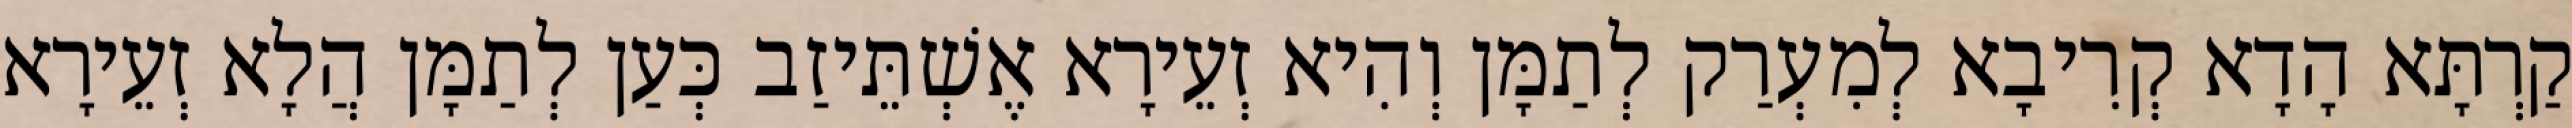
קַרְתָּא הָדָא קְרִיבָא לְמִעְרַק לְתַמָּן וְהִיא זְעֵירָא אֶשְׁתֵּיזַב כְּעַן לְתַמָּן הֲלָא זְעֵירָא